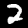
Digit: 2